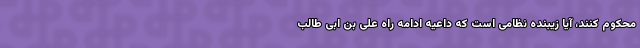
محکوم کنند، آیا زیبنده نظامی است که داعیه ادامه راه علی بن ابی طالب